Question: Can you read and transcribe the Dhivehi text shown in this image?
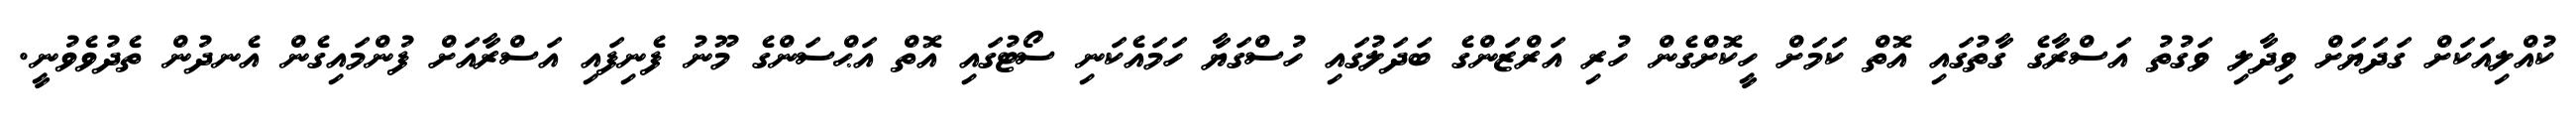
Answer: ކުއްލިއަކަށް ގަދަޔަށް ވިދާލި ވަގުތު އަސްރާގެ ގާތުގައި އޮތް ކަމަށް ހީކޮށްގެން ހުރި އަރްޒަންގެ ބަދަލުގައި ހުސްގަޔާ ހަމައެކަނި ސޯޓުގައި އޮތް އަޙްސަންގެ މޫނު ފެނިފައި އަސްރާއަށް ފުންމައިގެން އެނދުން ތެދުވެވުނީ.